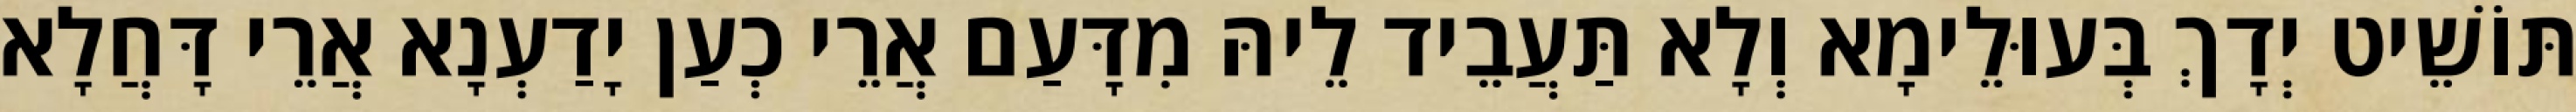
תּוֹשֵׁיט יְדָךְ בְּעוּלֵימָא וְלָא תַּעֲבֵיד לֵיהּ מִדָּעַם אֲרֵי כְעַן יָדַעְנָא אֲרֵי דָּחֲלָא